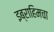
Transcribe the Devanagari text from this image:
इब्राहिमचा